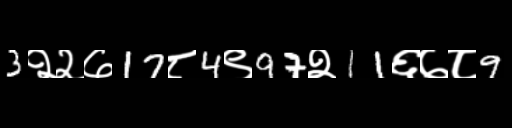
Text: 3२२७17८4९97२11६७८9